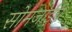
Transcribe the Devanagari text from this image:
सोमजाईचे